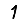
Digit: 1